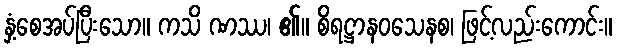
နှံ့စေအပ်ပြီးသော။ ကသိ ဏဿ၊ ၏။ စိရဋ္ဌာနဝသေနစ၊ ဖြင့်လည်းကောင်း။